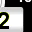
Digit: 2